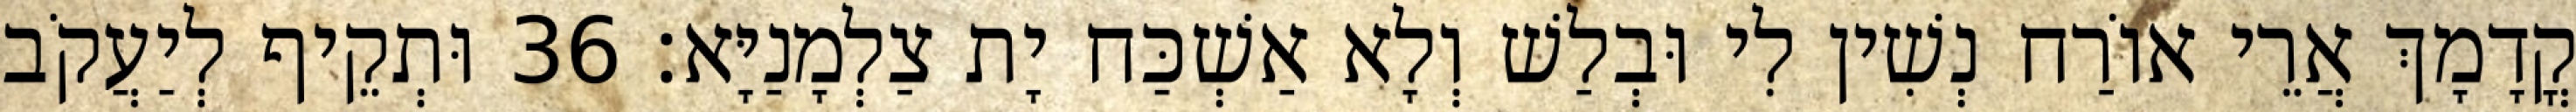
קֳדָמָךְ אֲרֵי אוֹרַח נְשִׁין לִי וּבְלַשׁ וְלָא אַשְׁכַּח יָת צַלְמָנַיָּא׃ 36 וּתְקֵיף לְיַעֲקֹב